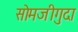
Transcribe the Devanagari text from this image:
सोमजीगुदा